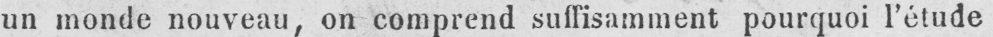
un monde nouveau, on comprend suffisamment pourquoi l’étude